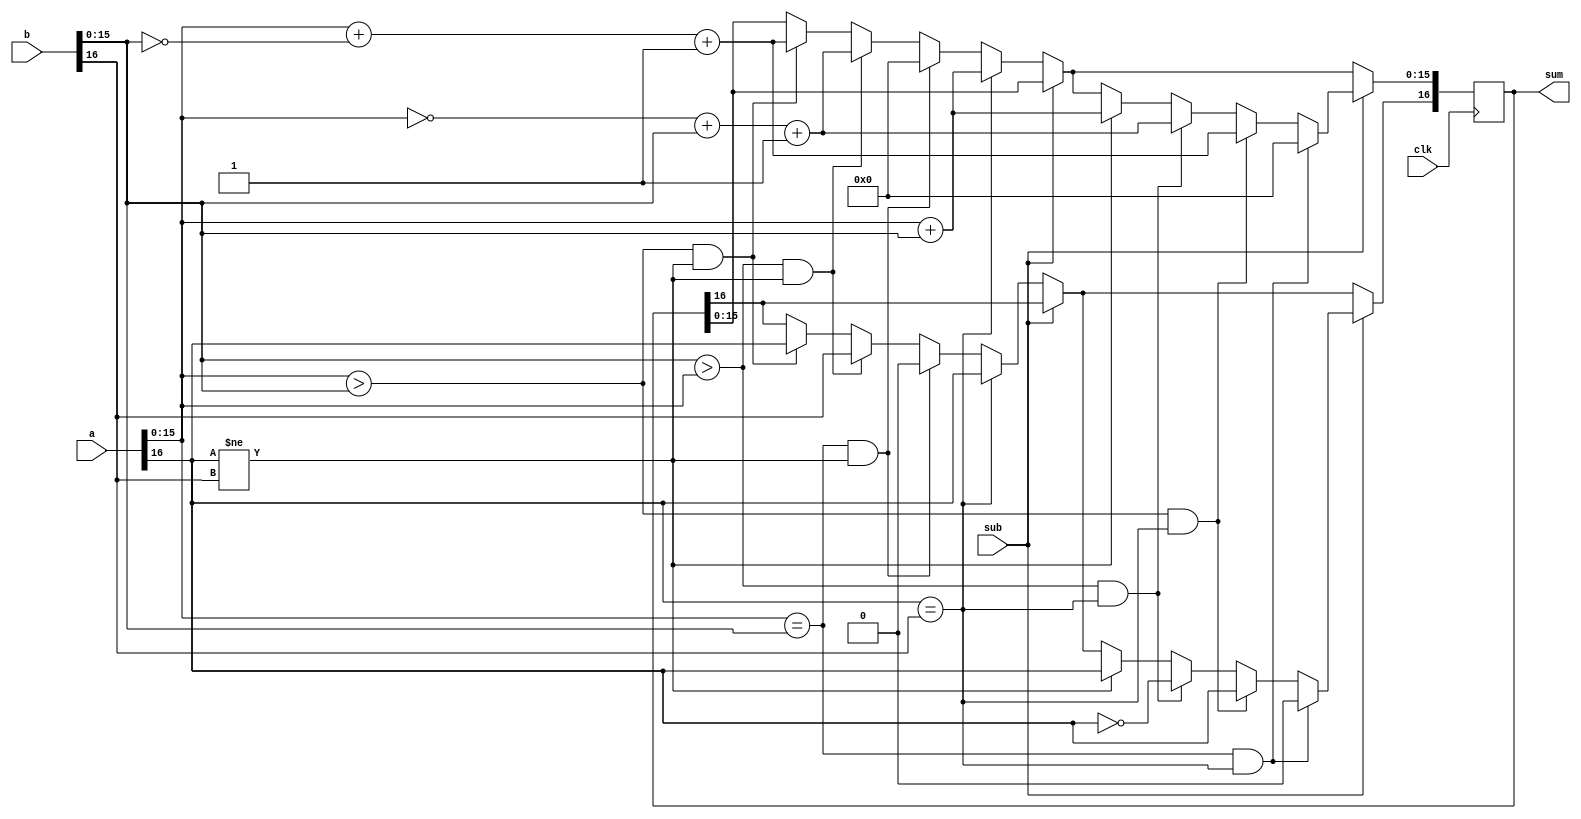
// Fixed Adder

module fixed_adder (clk, a, b, sub, sum);
	
	parameter numwidth = 16;
	input [numwidth:0] a, b;
	input clk, sub;
	output [numwidth:0] sum;

	wire clk, sub;
	wire [numwidth:0] a, b;
	reg [numwidth:0] sum;

	always @ (posedge clk) begin
		if (sub == 1'b0) begin
			if ((a[numwidth-1:0] > b[numwidth-1:0]) && (a[numwidth] != b[numwidth])) begin
				sum[numwidth] <= a[numwidth];
				sum[numwidth-1:0] <= a[numwidth-1:0] + ~b[numwidth-1:0] + 1'b1;
			end
			if ((b[numwidth-1:0] > a[numwidth-1:0]) && (a[numwidth] != b[numwidth])) begin
				sum[numwidth] <= b[numwidth];
				sum[numwidth-1:0] <= ~a[numwidth-1:0] + b[numwidth-1:0] + 1'b1;
			end
			if ((a[numwidth-1:0] == b[numwidth-1:0]) && (a[numwidth] != b[numwidth])) begin
				sum[numwidth] <= 1'b0;
				sum[numwidth-1:0] <= 0;
			end
			if ((a[numwidth] == b[numwidth])) begin
				sum[numwidth] <= a[numwidth];
				sum[numwidth-1:0] <= a[numwidth-1:0] + b[numwidth-1:0];
			end
		end
		if (sub == 1'b1) begin
			if (a[numwidth] != b[numwidth]) begin
				sum[numwidth] <= a[numwidth];
				sum[numwidth-1:0] <= a[numwidth-1:0] + b[numwidth-1:0];
			end
			if ((b[numwidth-1:0] > a[numwidth-1:0]) && (a[numwidth] == b[numwidth])) begin
				sum[numwidth] <= ~a[numwidth];
				sum[numwidth-1:0] <= ~a[numwidth-1:0] + b[numwidth-1:0] + 1'b1;
			end
			if ((a[numwidth-1:0] > b[numwidth-1:0]) && (a[numwidth] == b[numwidth])) begin
				sum[numwidth] <= a[numwidth];
				sum[numwidth-1:0] <= a[numwidth-1:0] + ~b[numwidth-1:0] + 1'b1;
			end
			if ((a[numwidth-1:0] == b[numwidth-1:0]) && (a[numwidth] == b[numwidth])) begin
				sum[numwidth] <= 1'b0;
				sum[numwidth-1:0] <= 0;
			end
		end
	end

endmodule